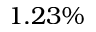
1 . 2 3 \%